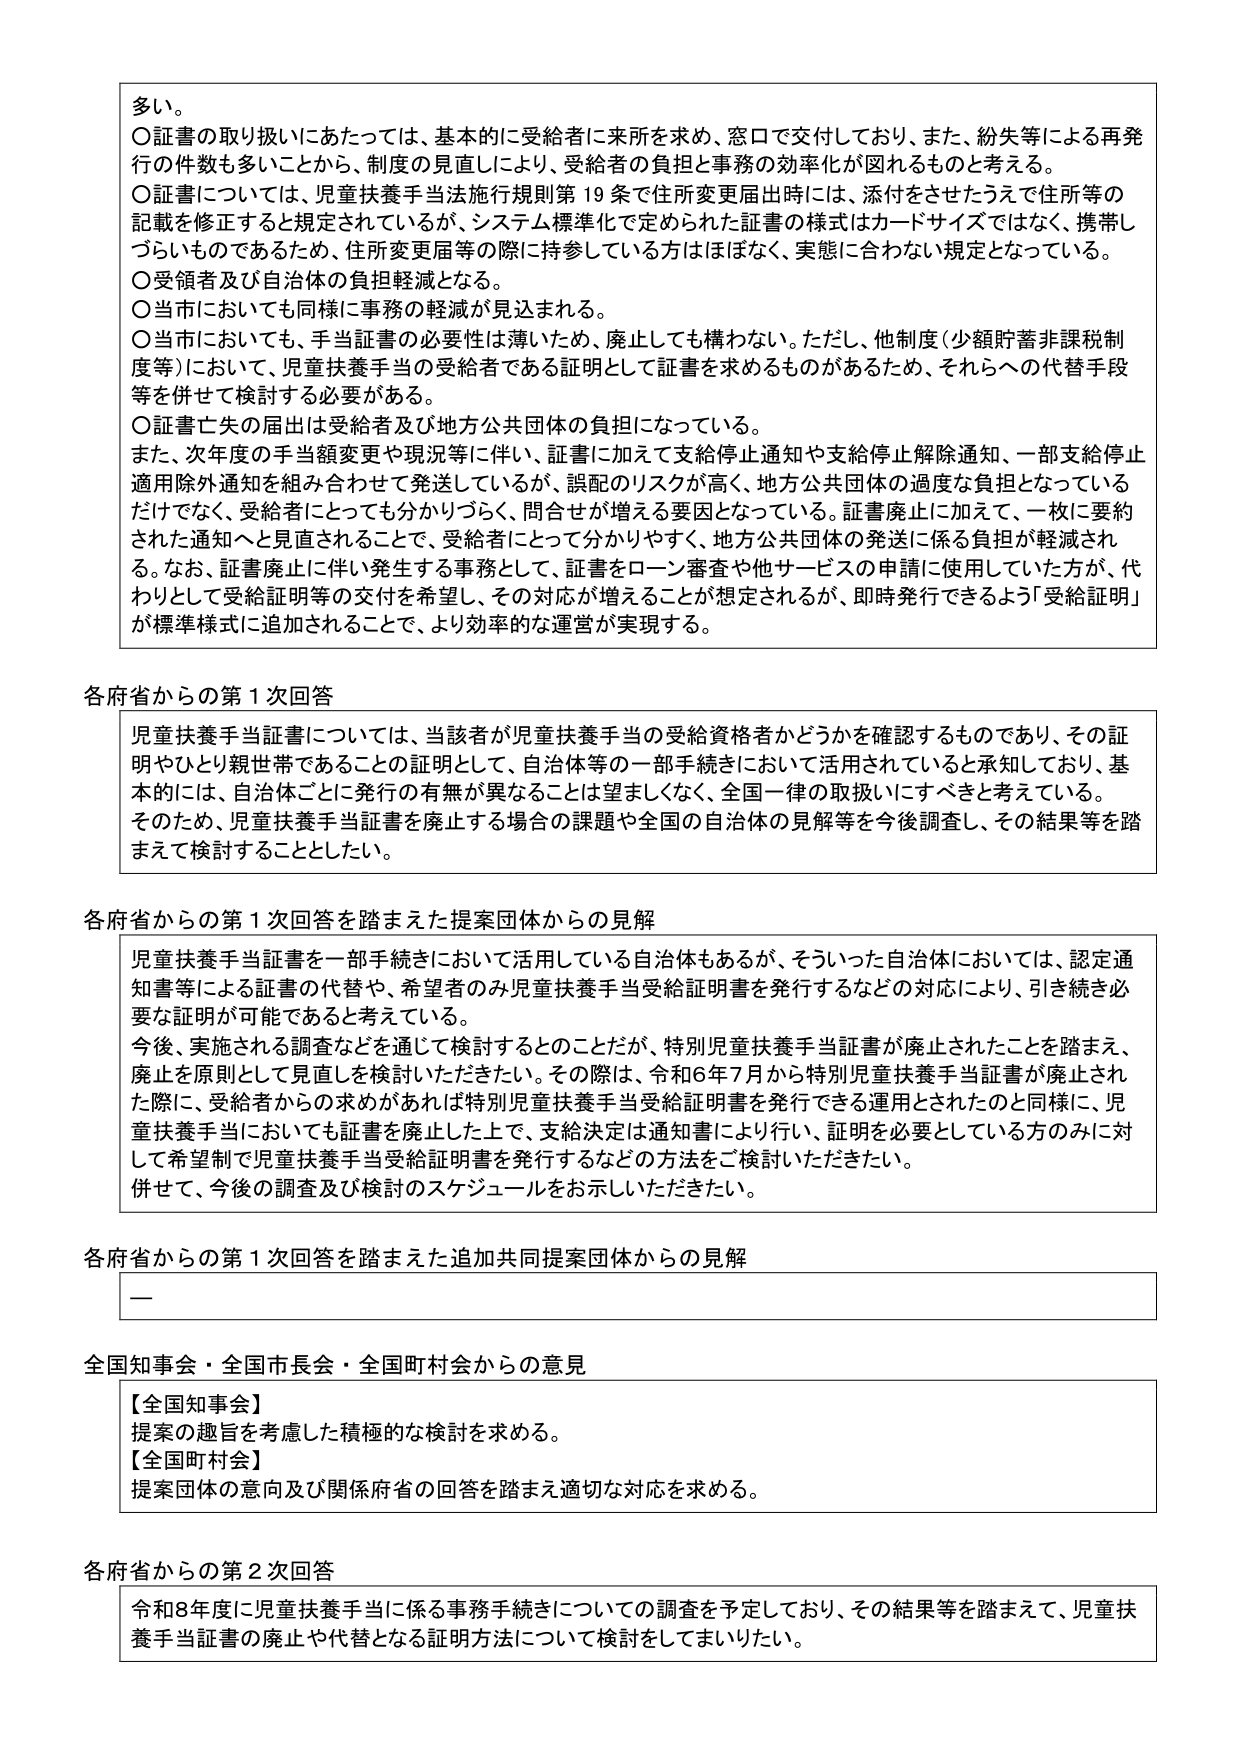
多い。
○証書の取り扱いにあたっては、基本的に受給者に来所を求め、窓口で交付しており、また、紛失等による再発行の件数も多いことから、制度の見直しにより、受給者の負担と事務の効率化が図れるものと考える。
○証書については、児童扶養手当法施行規則第19条で住所変更届出時には、添付をさせたうえで住所等の記載を修正すると規定されているが、システム標準化で定められた証書の様式はカードサイズではなく、携帯しづらいものであるため、住所変更届等の際に持参している方はほぼなく、実態に合わない規定となっている。
○受領者及び自治体の負担軽減となる。
○当市においても同様に事務の軽減が見込まれる。
○当市においても、手当証書の必要性は薄いため、廃止しても構わない。ただし、他制度（少額貯蓄非課税制度等）において、児童扶養手当の受給者である証明として証書を求めるものがあるため、それらへの代替手段等を併せて検討する必要がある。
○証書亡失の届出は受給者及び地方公共団体の負担になっている。
また、次年度の手当額変更や現況等に伴い、証書に加えて支給停止通知や支給停止解除通知、一部支給停止適用除外通知を組み合わせて発送しているが、誤配のリスクが高く、地方公共団体の過度な負担となっているだけでなく、受給者にとっても分かりづらく、問合せが増える要因となっている。証書廃止に加えて、一枚に要約された通知へと見直されることで、受給者にとって分かりやすく、地方公共団体の発送に係る負担が軽減される。なお、証書廃止に伴い発生する事務として、証書をローン審査や他サービスの申請に使用していた方が、代わりとして受給証明等の交付を希望し、その対応が増えることが想定されるが、即時発行できるよう「受給証明」が標準様式に追加されることで、より効率的な運営が実現する。

各府省からの第1次回答
児童扶養手当証書については、当該者が児童扶養手当の受給資格者かどうかを確認するものであり、その証明やひとり親世帯であることの証明として、自治体等の一部手続きにおいて活用されていると承知しており、基本的には、自治体ごとに発行の有無が異なることは望ましくなく、全国一律の取扱いにすべきと考えている。そのため、児童扶養手当証書を廃止する場合の課題や全国の自治体の見解等を今後調査し、その結果等を踏まえて検討することとしたい。

各府省からの第1次回答を踏まえた提案団体からの見解
児童扶養手当証書を一部手続きにおいて活用している自治体もあるが、そういった自治体においては、認定通知書等による証書の代替や、希望者のみ児童扶養手当受給証明書を発行するなどの対応により、引き続き必要な証明が可能であると考えている。
今後、実施される調査などを通じて検討するとのことだが、特別児童扶養手当証書が廃止されたことを踏まえ、廃止を原則として見直しを検討いただきたい。その際は、令和6年7月から特別児童扶養手当証書が廃止された際に、受給者からの求めがあれば特別児童扶養手当受給証明書を発行できる運用とされたのと同様に、児童扶養手当においても証書を廃止した上で、支給決定は通知書により行い、証明を必要としている方のみに対して希望制で児童扶養手当受給証明書を発行するなどの方法をご検討いただきたい。
併せて、今後の調査及び検討のスケジュールをお示しいただきたい。

各府省からの第1次回答を踏まえた追加共同提案団体からの見解
—

全国知事会・全国市長会・全国町村会からの意見
【全国知事会】
提案の趣旨を考慮した積極的な検討を求める。
【全国町村会】
提案団体の意向及び関係府省の回答を踏まえ適切な対応を求める。

各府省からの第2次回答
令和8年度に児童扶養手当に係る事務手続きについての調査を予定しており、その結果等を踏まえて、児童扶養手当証書の廃止や代替となる証明方法について検討をしてまいりたい。